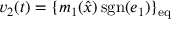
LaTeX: v _ { 2 } ( t ) = \{ m _ { 1 } ( { \hat { x } } ) \operatorname { s g n } ( e _ { 1 } ) \} _ { \mathrm { e q } }